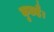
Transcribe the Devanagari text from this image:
कुछहै।